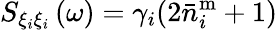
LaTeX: S_{\xi_{i}\xi_{i}}\left(\omega\right)=\gamma_{i}(2\bar{n}_{i}^{\mathrm{m}}+1)